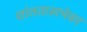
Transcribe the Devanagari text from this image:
शांततासभेवर